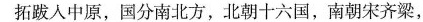
拓跋人中原，国分南北方，北朝十六国，南朝宋齐梁，